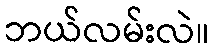
ဘယ်လမ်းလဲ။